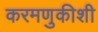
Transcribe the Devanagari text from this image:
करमणुकीशी